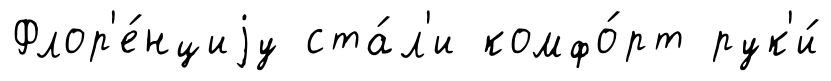
Флор'е́нциjу ста́л'и комфо́рт рук'и́